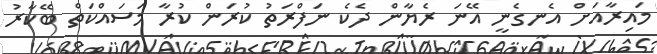
މައިރާއަށް އެނގެނީ އޭނަ ރެޔާން ދެކެ ނަފްރަތު ކުރަން ކުރާ މަސައްކަތް ބޭކާރު